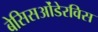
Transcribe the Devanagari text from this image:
बेसिसओंडेरविस